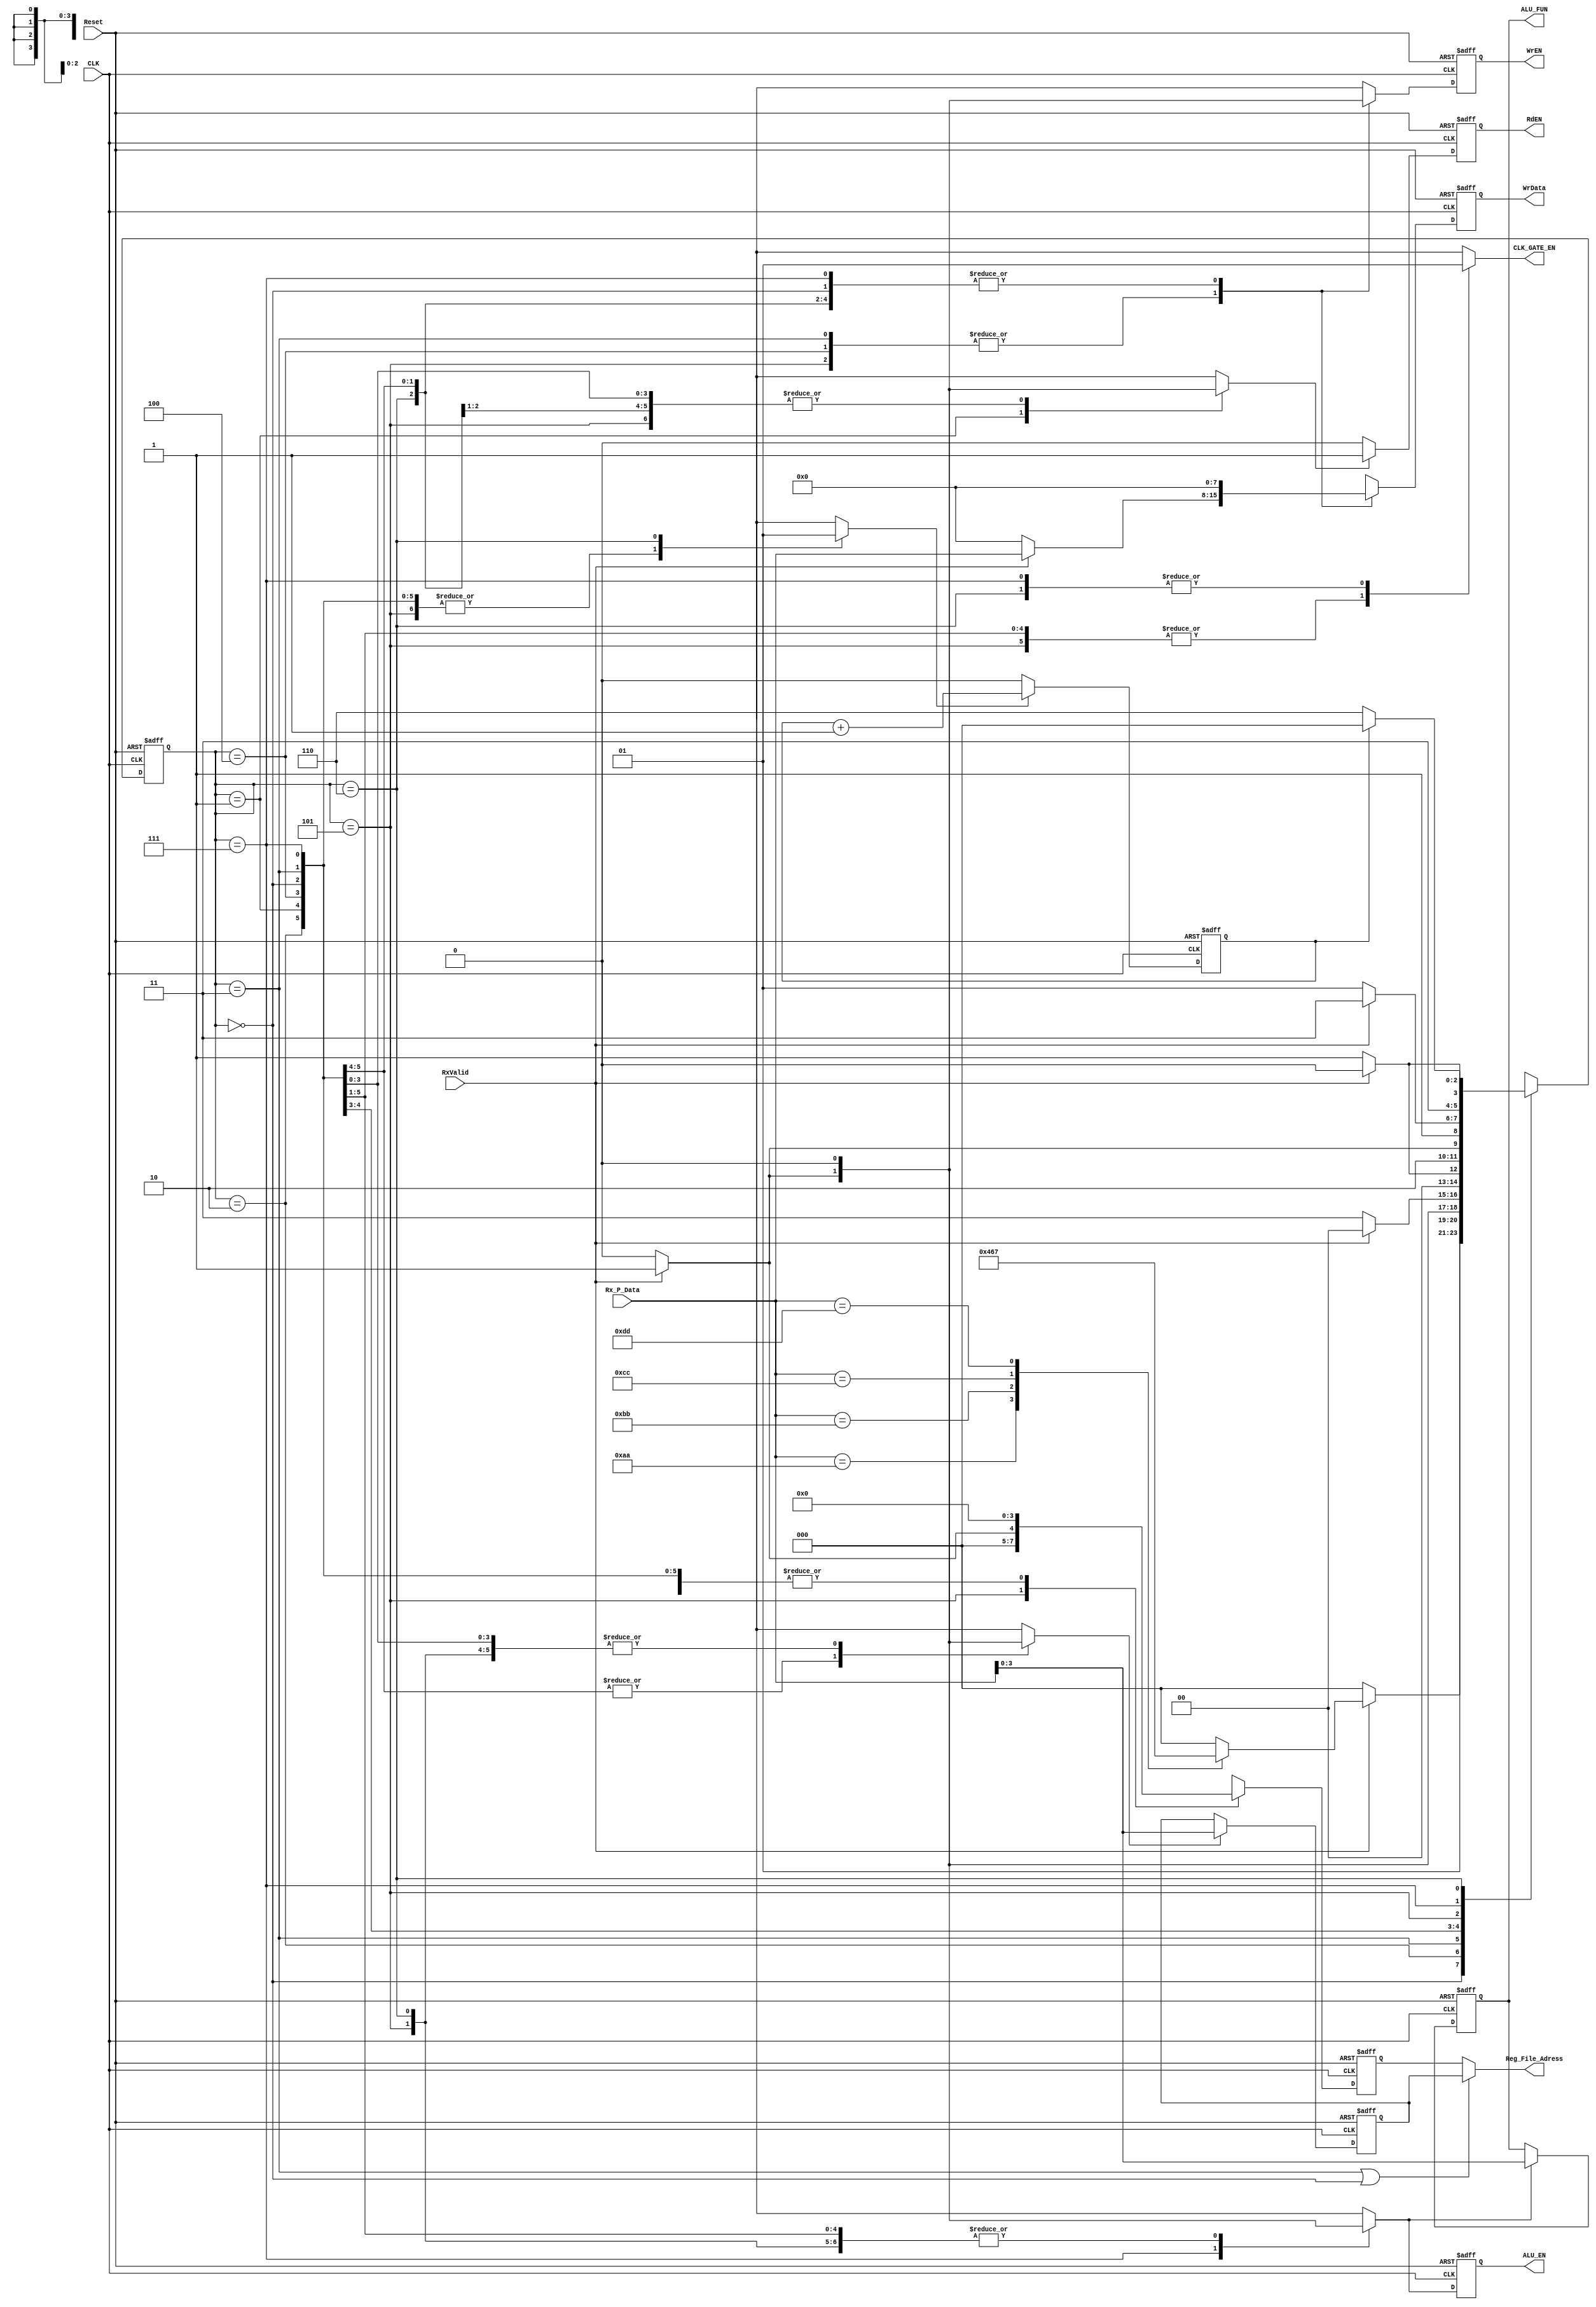
module SYS_CNTR_Rx #(
    parameter width = 8,
    parameter depth = 16
) (
    //---------------------------------------------
    /*            CLK & Reset                    */
    //---------------------------------------------
    input  wire                       CLK,       
    input  wire                       Reset,
    //---------------------------------------------
    /*          Receiver_output                  */
    //---------------------------------------------
    input  wire  [width-1:0]          Rx_P_Data,
    input  wire                       RxValid,
    //---------------------------------------------
    /*            ALU inputs                     */
    //---------------------------------------------
    output reg                        ALU_EN,               
    output reg   [3:0]                ALU_FUN, 
    //---------------------------------------------
    /*            Reg_File inputs                */
    //---------------------------------------------
    output wire  [$clog2(depth)-1:0]  Reg_File_Adress,               
    output reg                        WrEN,               
    output reg                        RdEN,               
    output reg   [width-1:0]          WrData,
    //---------------------------------------------
    /*               CLK_Gate                    */
    //---------------------------------------------   
    output reg                        CLK_GATE_EN
);

//---------------------------------------------
/*               States                      */
//--------------------------------------------- 

localparam Idle          = 3'b000;
localparam WAddr_Receive = 3'b010;
localparam Data_Receive  = 3'b011;
localparam RAddr_Receive = 3'b001;   
localparam A_Receive     = 3'b100;
localparam B_Receive     = 3'b101;
localparam FUN_Receive   = 3'b111;
localparam wait_s        = 3'b110; 
/* the wais state is to make the CLK gate cell run 
for one more cycle to let the ALU capture the result */

reg [2:0] curr_state;
reg [2:0] next_state;

//---------------------------------------------
/*          internal signals                 */
//---------------------------------------------

reg                     Add_R_E;       // high when the addres is read
reg                     RdEN_comp;     // high when we are ready to read from the reg_file
reg [$clog2(depth)-1:0] WAdress;       // adress to write in data
reg [$clog2(depth)-1:0] op_add;        // adress to write the operands 
reg [$clog2(depth)-1:0] op_add_comp;   
reg                     ALU_EN_comp;
reg                     ALU_F_en;
reg                     WrEN_comp;
reg [width-1:0]         WrData_comp;
reg                     wait_counter;  // counter for the wait state 
reg                     waitcount;     // make high when we want to count

//---------------------------------------------
/*          counter for the wait state       */
//---------------------------------------------
always @(posedge CLK, negedge Reset) begin
    if (!Reset) begin
        wait_counter <= 0;
    end
    else if(waitcount) begin
        wait_counter <= wait_counter+1;
    end
    else begin
        wait_counter <= 0;
    end
end

//---------------------------------------------
/*          curr states always               */
//--------------------------------------------- 

always @(posedge CLK, negedge Reset) begin
    if (!Reset) begin
        curr_state <= 0;
    end
    else begin
        curr_state <= next_state;
    end
end

//---------------------------------------------
/*          next States always               */
//--------------------------------------------- 

always @(*) begin
    case (curr_state)
        Idle: begin
            if (RxValid) begin
                case (Rx_P_Data)
                    'hAA:    next_state = WAddr_Receive;
                    'hBB:    next_state = RAddr_Receive;
                    'hCC:    next_state = A_Receive;
                    'hDD:    next_state = FUN_Receive;
                    default: next_state = Idle;
                endcase
            end
            else begin
                next_state = Idle;
            end
        end

/*              Write command                */
        WAddr_Receive: begin
            if (RxValid) begin
                next_state = Data_Receive;
            end
            else begin
                next_state = WAddr_Receive;
            end
        end

        Data_Receive: begin
            if (RxValid) begin
                next_state = Idle;
            end
            else begin
                next_state = Data_Receive;
            end
        end

/*              Read command                 */
        RAddr_Receive: begin
            if (RxValid) begin
                next_state = Idle;
            end
            else begin
                next_state = RAddr_Receive;
            end
        end
        
/*        ALU command with operands          */
        A_Receive: begin
            if (RxValid) begin
                next_state = B_Receive;
            end
            else begin
                next_state = A_Receive;
            end
        end

        B_Receive: begin
            if (RxValid) begin
                next_state = FUN_Receive;
            end
            else begin
                next_state = B_Receive;
            end
        end

        FUN_Receive: begin
            if (RxValid) begin
                next_state = wait_s;
            end
            else begin
                next_state = FUN_Receive;
            end
        end

        wait_s: begin
            if (wait_counter == 1) begin
                next_state = Idle;
            end
            else begin
                next_state = wait_s;
            end
        end
        
        default: next_state = Idle;
    endcase
end

//---------------------------------------------
/*     outputs calculations always           */
//--------------------------------------------- 

assign Reg_File_Adress = (curr_state==Data_Receive || curr_state==Idle) ? WAdress : op_add;

always @(posedge CLK, negedge Reset) begin
    if (!Reset) begin
        ALU_EN  <= 0;
        WrEN    <= 0;
        WrData  <= 0;
        op_add  <= 0;
        
    end
    else begin 
        ALU_EN  <= ALU_EN_comp;
        WrEN    <= WrEN_comp;
        WrData  <= WrData_comp;
        op_add  <= op_add_comp;
    end
end

always @(posedge CLK, negedge Reset) begin
    if (!Reset) begin
        WAdress <= 0;
    end
    else if (Add_R_E) begin
        WAdress <= Rx_P_Data;
    end
end

always @(posedge CLK, negedge Reset) begin
    if (!Reset) begin
        RdEN <= 0;
    end
    else if (RdEN_comp) begin
        RdEN <= 1;
    end
    else begin
        RdEN <= 0;
    end
end

always @(posedge CLK, negedge Reset) begin
    if (!Reset) begin
        ALU_FUN <= 0;
    end
    else if (ALU_F_en) begin
        ALU_FUN <= Rx_P_Data;
    end
end

always @(*) begin
    
    Add_R_E     = 0;
    op_add_comp = 0;
    waitcount   = 0;
    
    case (curr_state)
        Idle: begin
            ALU_EN_comp  = 0;               
            ALU_F_en     = 0; 
            WrEN_comp    = 0;               
            RdEN_comp    = 0;               
            WrData_comp  = 0;
            CLK_GATE_EN  = 0;
        end

/*              Write command                */
        WAddr_Receive: begin
            if (RxValid) begin
                ALU_EN_comp = 0;               
                ALU_F_en    = 0; 
                Add_R_E     = 1;              
                WrEN_comp   = 0;               
                RdEN_comp   = 0;               
                WrData_comp = 0;
                CLK_GATE_EN = 0;
            end
            else begin
                ALU_EN_comp = 0;               
                ALU_F_en    = 0; 
                Add_R_E     = 0;               
                WrEN_comp   = 0;               
                RdEN_comp   = 0;               
                WrData_comp = 0;
                CLK_GATE_EN = 0;
            end
        end

        Data_Receive: begin
            if (RxValid) begin
                ALU_EN_comp = 0;               
                ALU_F_en    = 0;               
                WrEN_comp   = 1;               
                RdEN_comp   = 0;               
                WrData_comp = Rx_P_Data;
                CLK_GATE_EN = 0;
            end
            else begin
                ALU_EN_comp = 0;               
                ALU_F_en    = 0;               
                WrEN_comp   = 0;               
                RdEN_comp   = 0;               
                WrData_comp = 0;
                CLK_GATE_EN = 0;
            end
        end

/*              Read command                 */
        RAddr_Receive: begin
            if (RxValid) begin
                ALU_EN_comp    = 0;               
                ALU_F_en       = 0; 
                Add_R_E        = 1;               
                WrEN_comp      = 0;               
                RdEN_comp      = 1;
                WrData_comp    = 0;
                CLK_GATE_EN    = 0;
            end
            else begin
                ALU_EN_comp    = 0;               
                ALU_F_en       = 0; 
                Add_R_E        = 0;               
                WrEN_comp      = 0;               
                RdEN_comp      = 0;               
                WrData_comp    = 0;
                CLK_GATE_EN    = 0;
            end
        end
        
/*        ALU command with operands          */
        A_Receive: begin
            if (RxValid) begin
                ALU_EN_comp = 0;               
                ALU_F_en    = 0;                
                WrEN_comp   = 1;               
                RdEN_comp   = 0; 
                op_add_comp = 0;               
                WrData_comp = Rx_P_Data;
                CLK_GATE_EN = 0;
            end
            else begin
                ALU_EN_comp = 0;               
                ALU_F_en    = 0;              
                WrEN_comp   = 0;               
                RdEN_comp   = 0;               
                WrData_comp = 0;
                CLK_GATE_EN = 0;
            end
        end

        B_Receive: begin
            if (RxValid) begin
                ALU_EN_comp = 0;               
                ALU_F_en    = 0;                
                WrEN_comp   = 1;               
                RdEN_comp   = 0; 
                op_add_comp = 1;               
                WrData_comp = Rx_P_Data;
                CLK_GATE_EN = 0;
            end
            else begin
                ALU_EN_comp = 0;               
                ALU_F_en    = 0;               
                WrEN_comp   = 0;               
                RdEN_comp   = 0; 
                op_add_comp = 0;               
                WrData_comp = 0;
                CLK_GATE_EN = 0;
            end
        end

        FUN_Receive: begin
            CLK_GATE_EN   = 1;
            if (RxValid) begin
                ALU_EN_comp   = 1;               
                ALU_F_en      = 1;               
                WrEN_comp     = 0;               
                RdEN_comp     = 0;               
                WrData_comp   = 0;
            end
            else begin
                ALU_EN_comp   = 0;               
                ALU_F_en      = 0;               
                WrEN_comp     = 0;               
                RdEN_comp     = 0;               
                WrData_comp   = 0;
            end
        end

        wait_s: begin
            waitcount   = 1;
            CLK_GATE_EN = 1;
            ALU_EN_comp = 0;               
            ALU_F_en    = 0;               
            WrEN_comp   = 0;               
            RdEN_comp   = 0;               
            WrData_comp = 0;
        end
        
        default: begin
            ALU_EN_comp = 0;               
            ALU_F_en    = 0;               
            WrEN_comp   = 0;               
            RdEN_comp   = 0;               
            WrData_comp = 0;
            CLK_GATE_EN = 0;
        end
    endcase
end

endmodule